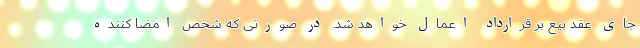
جای عقد بیع بر قرارداد اعمال خواهد شد. در صورتی که شخص امضا کننده